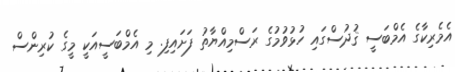
އެމެރިކާގެ އެމްބަސީ ޤުދުސްގައި ހުޅުވުމުގެ ރަސްމިއްޔާތު ފަށައިފި. މި އެމްބަސީއަކީ މީގެ ކުރިންސް